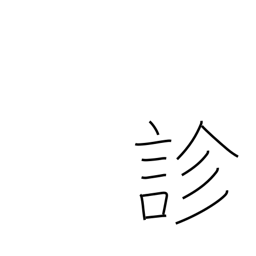
Meaning: diagnose